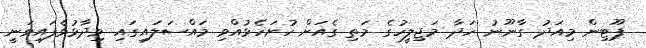
ޕޫޓިން މިއަދު ގާނޫނު ހަދާ މަޖިލީހުގެ މަތި ގެއަށް ހުށަހެޅުއްވި މައްސަލައިގައި ވިދާޅުވެފައިވަނީ